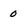
Character: 0